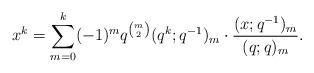
LaTeX: \begin{align*}x^k = \sum_{m = 0}^k (-1)^m q^{\binom{m}{2}} (q^k; q^{-1})_m \cdot \frac{(x; q^{-1})_m}{(q; q)_m}.\end{align*}